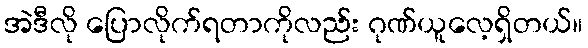
အဲဒီလို ပြောလိုက်ရတာကိုလည်း ဂုဏ်ယူလေ့ရှိတယ်။